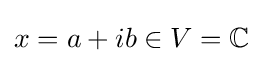
x=a+ib\in V=\mathbb {C}